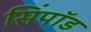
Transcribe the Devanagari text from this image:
सिंपॉड